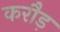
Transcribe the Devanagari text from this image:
करौड़